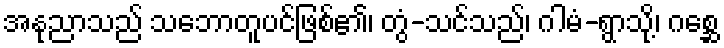
အနုညာသည် သဘောတူပင်ဖြစ်၏၊ တွံ-သင်သည်၊ ဂါမံ-ရွာသို့၊ ဂစ္ဆေ